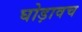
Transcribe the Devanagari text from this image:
घोड़ावच